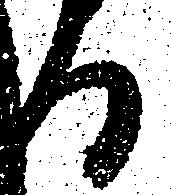
る